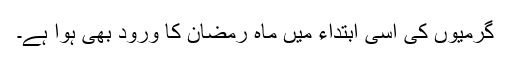
گرمیوں کی اسی ابتداء میں ماہِ رمضان کا ورود بھی ہوا ہے۔